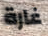
غارة